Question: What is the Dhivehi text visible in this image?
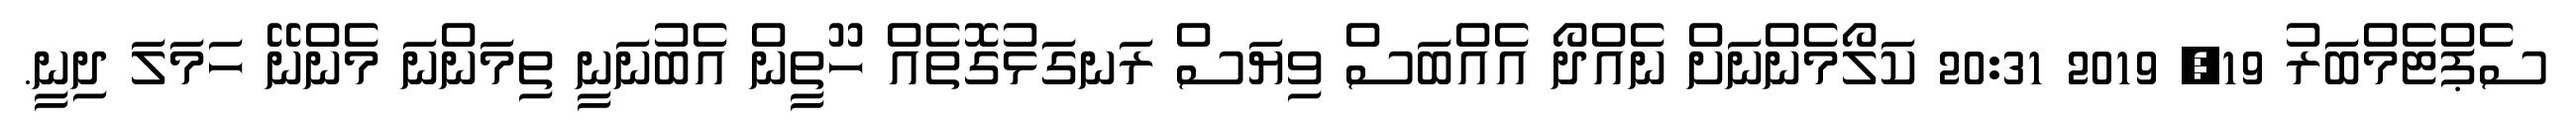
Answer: ސެޕްޓެމްބަރު 19, 2019 20:31 ކަލޯމެންނަށް ނެއްދޯ އެއްބަސް ވިޔަސް ރަނގަޅުގޮތެއް ހޫތީން އެބުނަނީ ތިމަންނަ މެންނޭ ހަމަލަ ދިނީ.